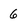
Character: 6